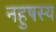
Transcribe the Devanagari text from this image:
नहुषस्य